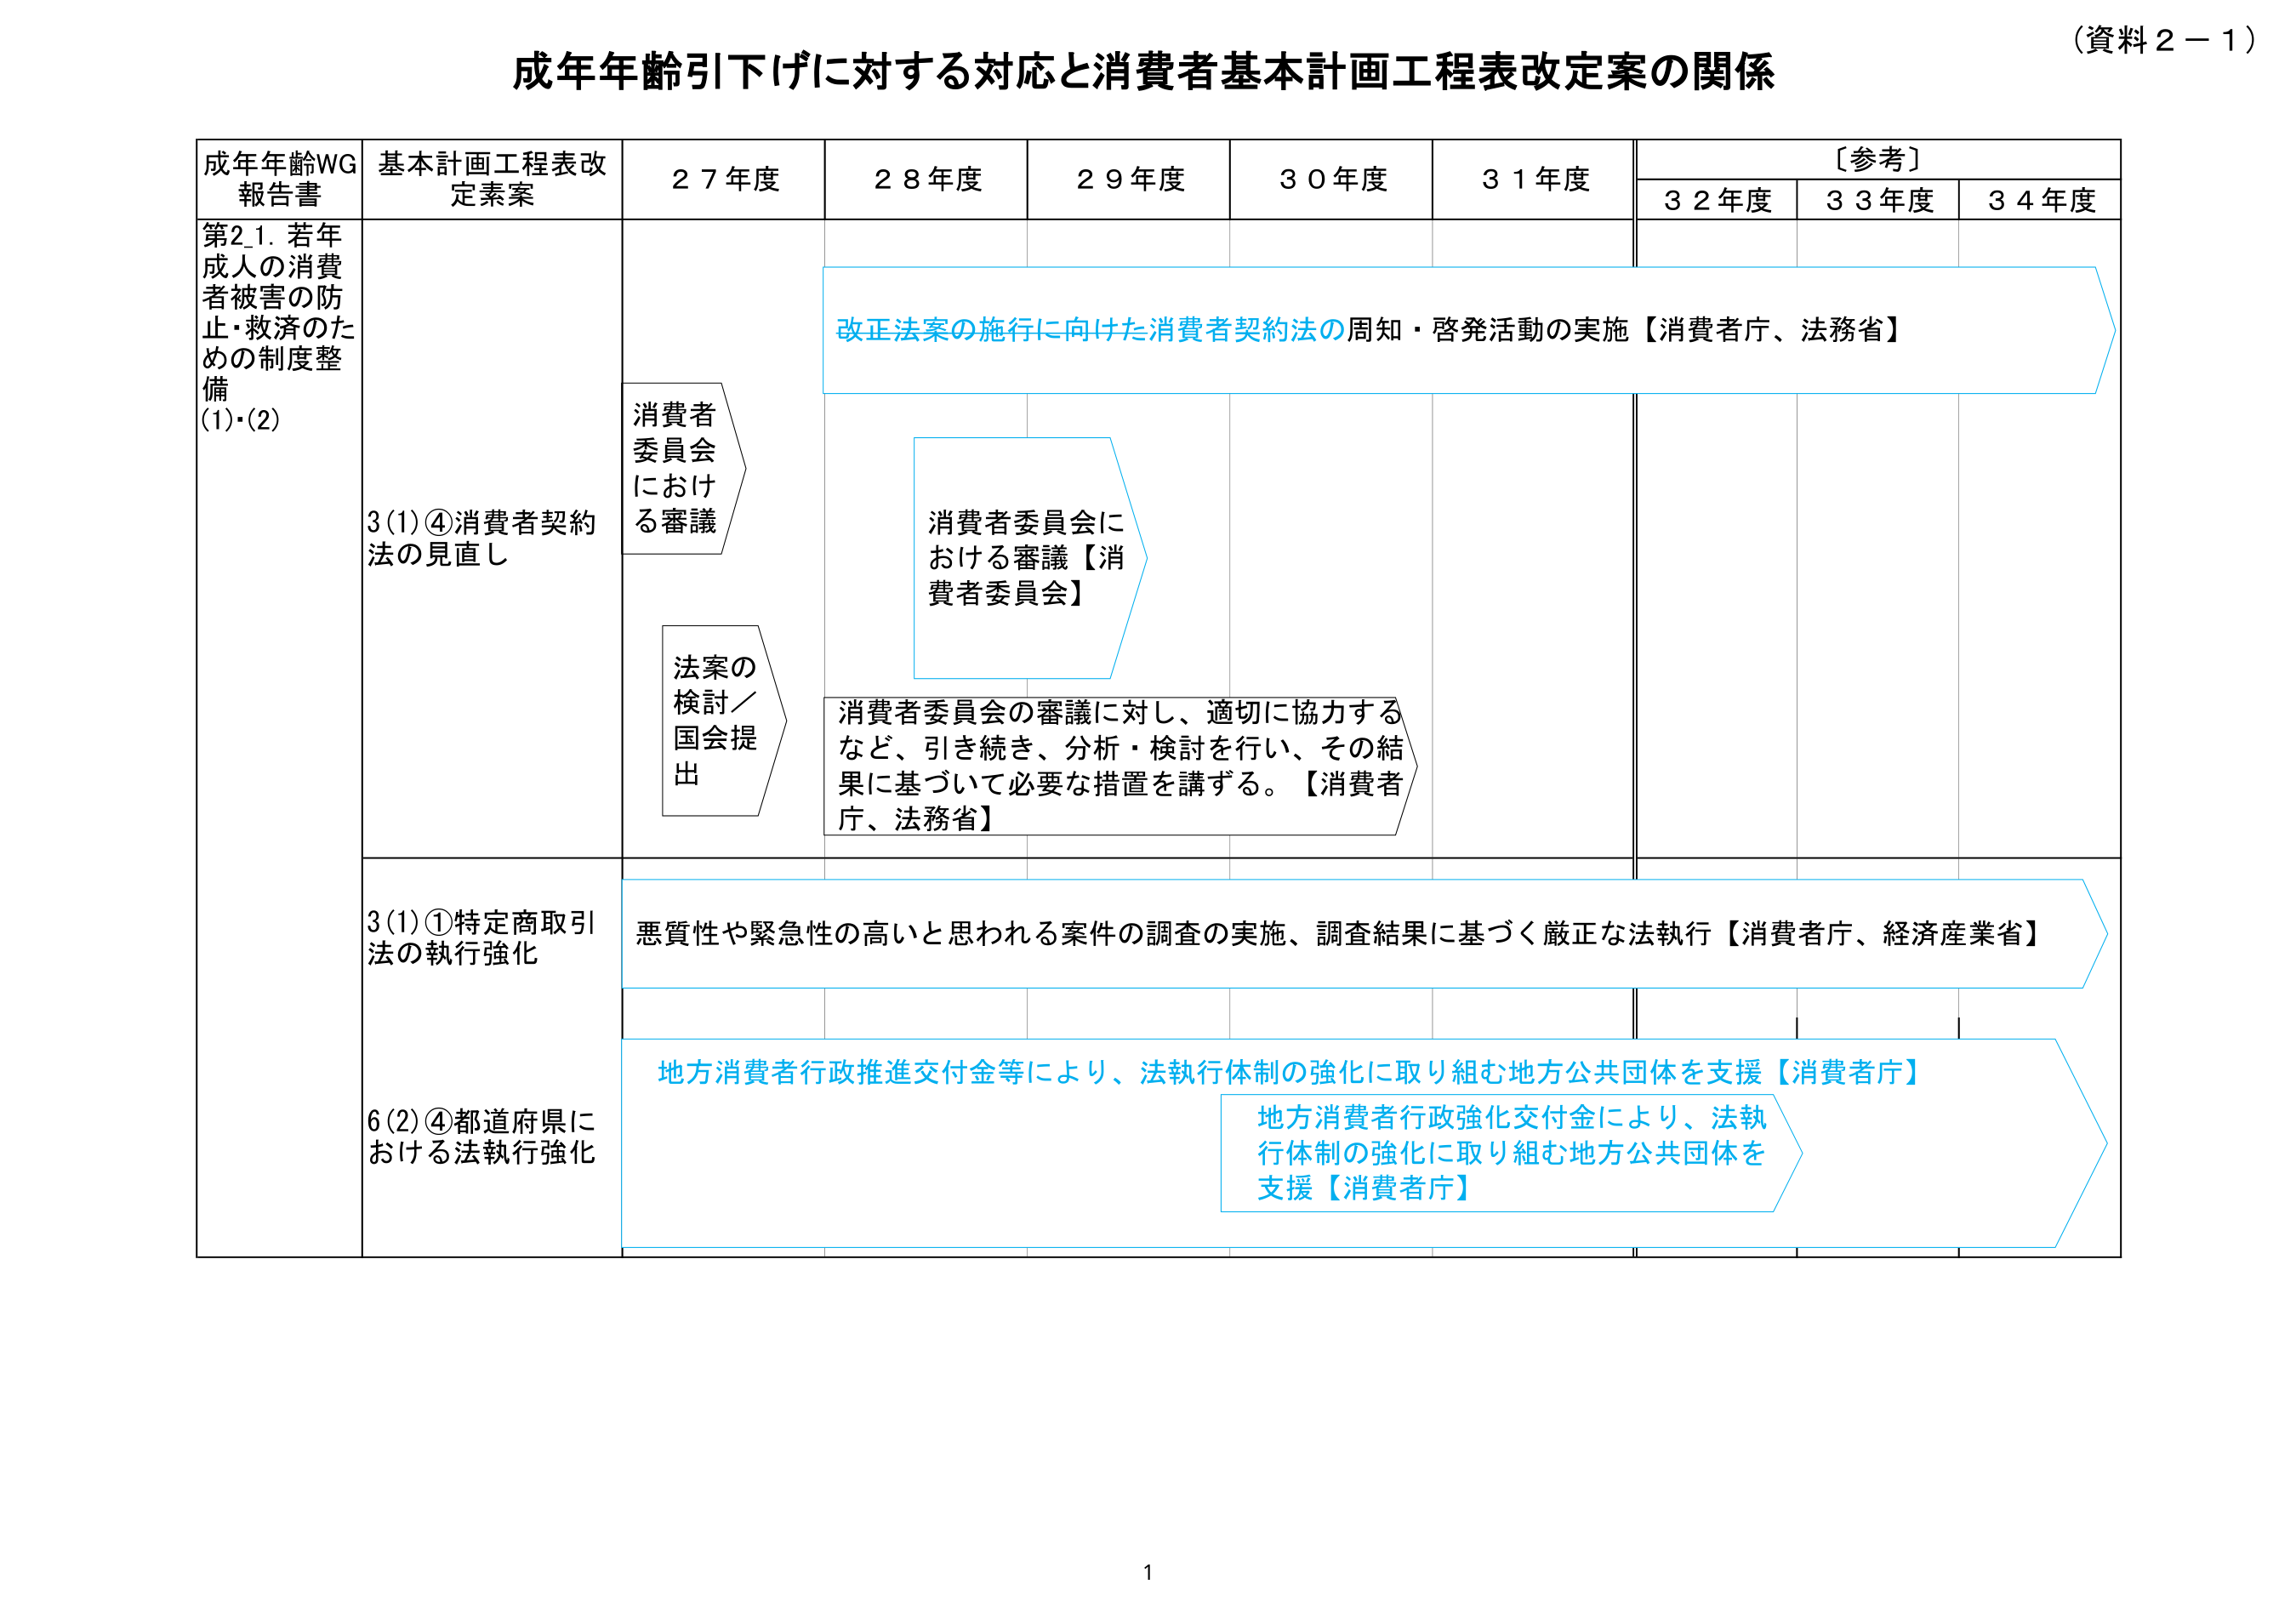
（資料２－１）

成年年齢引下げに対する対応と消費者基本計画工程表改定案の関係

成年年齢WG
報告書
基本計画工程表改
定素案
２７年度
２８年度
２９年度
３０年度
３１年度
〔参考〕
３２年度
３３年度
３４年度

第2_1. 若年
成人の消費者
被害の防止・救済のための制度整備
(1)・(2)

3(1)④消費者契約法の見直し

消費者
委員会
における審議

改正法案の施行に向けた消費者契約法の周知・啓発活動の実施【消費者庁、法務省】

消費者委員会における審議【消費者委員会】

法案の
検討／
国会提出

消費者委員会の審議に対し、適切に協力するなど、引き続き、分析・検討を行い、その結果に基づいて必要な措置を講ずる。【消費者庁、法務省】

3(1)①特定商取引法の執行強化

悪質性や緊急性の高いと思われる案件の調査の実施、調査結果に基づく厳正な法執行【消費者庁、経済産業省】

6(2)④都道府県における法執行強化

地方消費者行政推進交付金等により、法執行体制の強化に取り組む地方公共団体を支援【消費者庁】

地方消費者行政強化交付金により、法執行体制の強化に取り組む地方公共団体を支援【消費者庁】

1